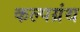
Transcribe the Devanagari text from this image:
कल्पग्रंथ